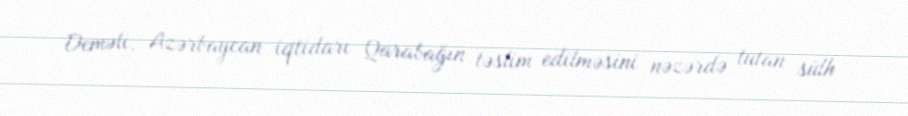
Deməli, Azərbaycan iqtidarı Qarabağın təslim edilməsini nəzərdə tutan sülh